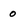
Character: o